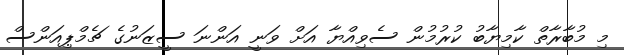
މި މުބާރާތް ކާމިޔާބު ކުރުމުން ސެވިއްޔާ އަށް ވަނީ އަންނަ ސީޒަނުގެ ޗެމްޕިއަންސް